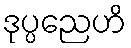
ဒုပ္ပညေဟိ